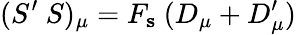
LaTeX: (S^{\prime}~S)_{\mu}=F_{\mathbf s}~(D_{\mu}+D_{\mu}^{\prime})